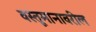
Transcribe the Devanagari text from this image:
वस्तूमानावरील